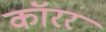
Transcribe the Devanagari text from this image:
कॉरर